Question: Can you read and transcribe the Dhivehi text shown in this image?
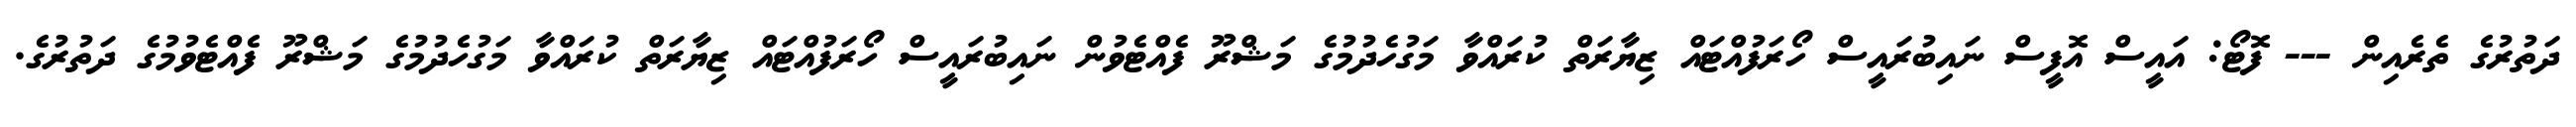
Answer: ދަތުރުގެ ތެރެއިން --- ފޮޓޯ: އައީސް އޮފީސް ނައިބުރައީސް ހޯރަފުއްޓައް ޒިޔާރަތް ކުރައްވާ މަގުހެދުމުގެ މަޝްރޫ ފެއްޓެވުން ނައިބުރައީސް ހޯރަފުއްޓައް ޒިޔާރަތް ކުރައްވާ މަގުހެދުމުގެ މަޝްރޫ ފެއްޓެވުމުގެ ދަތުރުގެ.